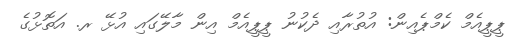
ޕީޕީއެމް ކެމްޕެއިން: އުތުރާއި ދެކުނު ޕީޕީއެމް އިން މާލޭގައި އުޅޭ ރ. އަތޮޅުގެ